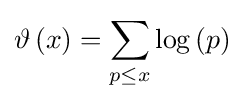
\vartheta \left(x\right)=\sum \limits _{p\leq x}{\log \left(p\right)}